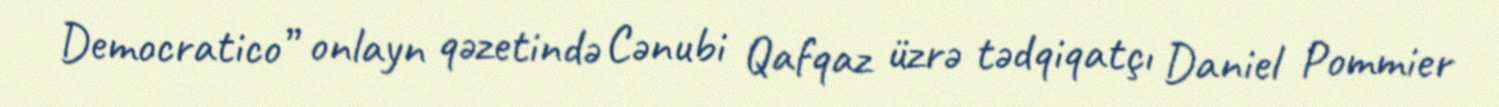
Democratico” onlayn qəzetində Cənubi Qafqaz üzrə tədqiqatçı Daniel Pommier